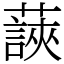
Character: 䕛